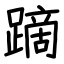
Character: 蹢